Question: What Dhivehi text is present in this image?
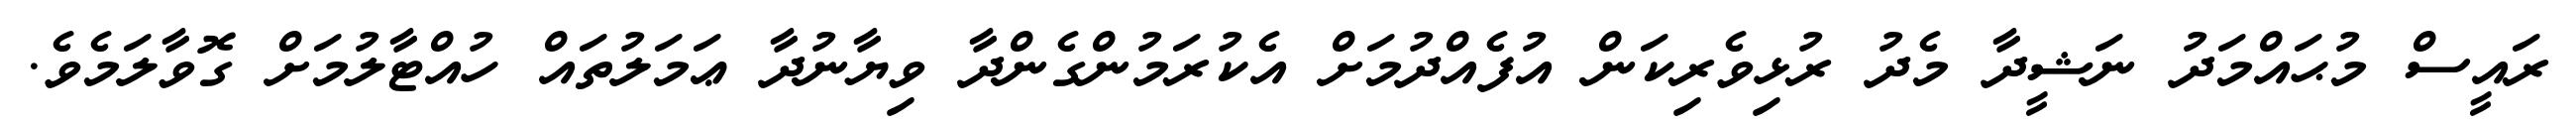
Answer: ރައީސް މުޙައްމަދު ނަޝީދާ މެދު ރުޅިވެރިކަން އުފެއްދުމަށް އެކުރަމުންގެންދާ ވިޔާނުދާ ޢަމަލުތައް ހުއްޓާލުމަށް ގޮވާލަމެވެ.